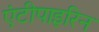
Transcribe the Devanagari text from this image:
एंटीपाइरिन